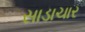
સાડાચાર